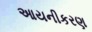
આયનીકરણ